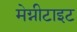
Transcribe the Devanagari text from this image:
मेग्नीटाइट